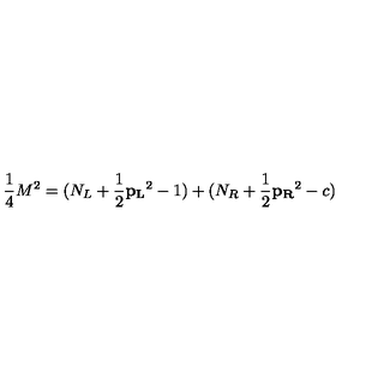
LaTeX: { \frac { 1 } { 4 } } M ^ { 2 } = ( N _ { L } + { \frac { 1 } { 2 } } { \bf p _ { L } } ^ { 2 } - 1 ) + ( N _ { R } + { \frac { 1 } { 2 } } { \bf p _ { R } } ^ { 2 } - c )